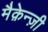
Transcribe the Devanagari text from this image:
मैक़ेन्ज़ी